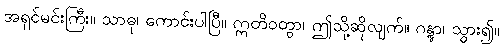
အရှင်မင်းကြီး။ သာဓု၊ ကောင်းပါပြီ။ ဣတိဝတွာ၊ ဤသို့ဆိုလျက်။ ဂန္တွာ၊ သွား၍။